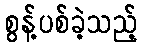
စွန့်ပစ်ခဲ့သည့်